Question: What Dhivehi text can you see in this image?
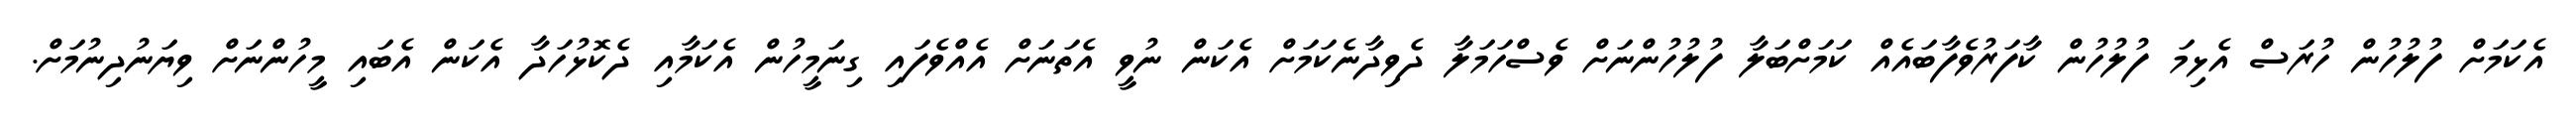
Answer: އެކަމަށް ފުލުހުން ހުރަސް އެޅިމަ ފުލުހުން ކާފަރުވެފާބައެއް ކަމަށްބަލާ ފުލުހުންނަށް ވެސްހަމަލާ ދެވިދާނެކަމަށް އެކަން ނުވީ އެތަނަށް އެއްވެފައި ގިނަމީހުން އެކަމާއި ދެކޮޅުހަދާ އެކަން އެބައި މީހުންނަށް ވިޔަނުދިނުމަށް.